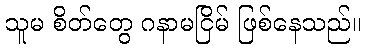
သူမ စိတ်တွေ ဂနာမငြိမ် ဖြစ်နေသည်။